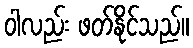
ဝါလည်း ဖတ်နိုင်သည်။